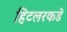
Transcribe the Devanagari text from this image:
हिटलरकडे